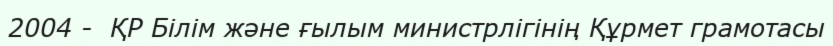
2004 -  ҚР Білім және ғылым министрлігінің Құрмет грамотасы